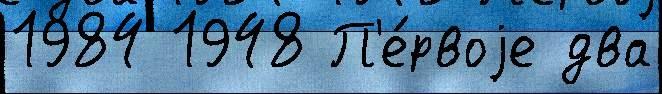
1984 1948 П'е́рвоjе два